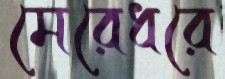
মেরেধরে